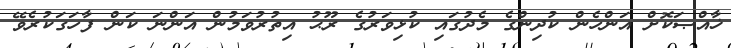
ޚާއްޞަކޮށް އަންހެން ކުދިންގެ މެދުގައި ކުޅިވަރުގެ ރޫޙު އިތުރުވަމުން އަންނަ ކަން ފާހަގަކުރެވޭ